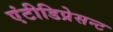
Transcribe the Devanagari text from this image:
एंटीडिप्रेसन्ट